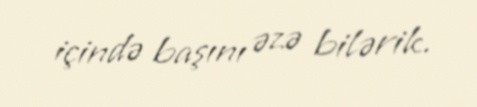
içində başını əzə bilərik.